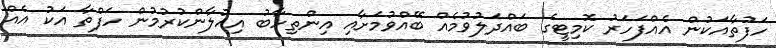
ހަފުތާއަކުން އެއްފަހަރު ކޮމިޓީގެ ބައްދަލުވުމެއް ބޭއްވުމަށާއި އިންތިހާބު އިއުލާންކުރުމުން ހަފްތާ އަކު އެއް